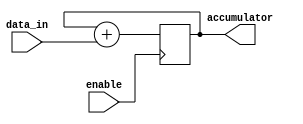
module accumulator(
    input wire enable,
    input wire [7:0] data_in,
    output reg [15:0] accumulator
);

always @ (posedge enable)
begin
    accumulator <= accumulator + data_in;
end

endmodule